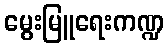
မွေးမြူရေးကဏ္ဍ